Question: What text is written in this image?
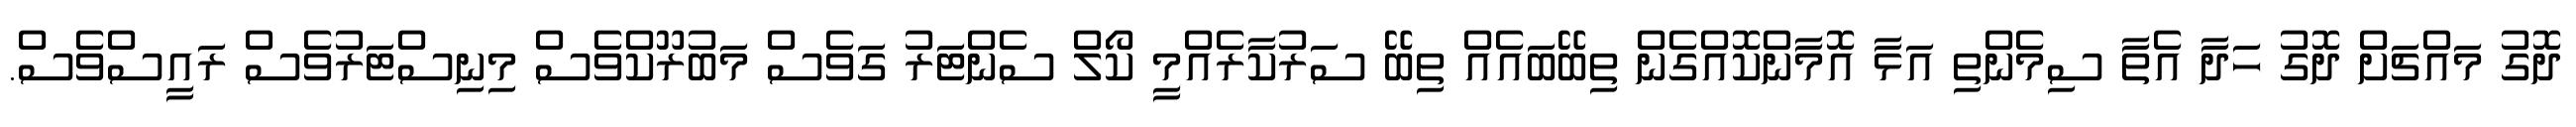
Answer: ދޮގު މައްޗަށް ދޮގު ހަދާ އެތާ ސިމެންތި އަޅާ އޮމާންކޮއްގެން ތިބޭބައެއް ތިބޭ ސަރުކާރެއްމީ ކޯލް ސެންޓަރު ގަވެސް މަބުރޫކްވެސް މިނިސްޓަރުވެސް ރައީސްވެސް.